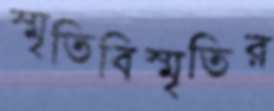
স্মৃতিবিস্মৃতির